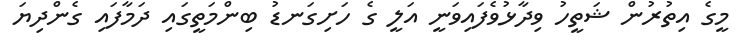
މީގެ އިތުރުން ޝަތީހު ވިދާޅުވެފައިވަނީ އަލީ ގެ ހަށިގަނޑު ބިންމަތީގައި ދަމާފައި ގެންދިޔަ